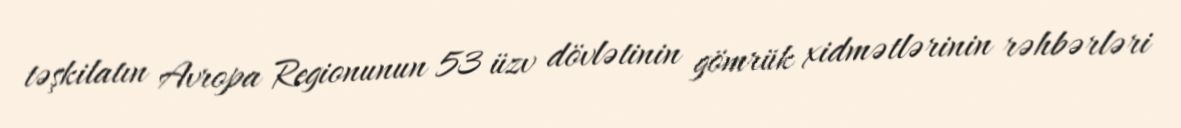
təşkilatın Avropa Regionunun 53 üzv dövlətinin gömrük xidmətlərinin rəhbərləri